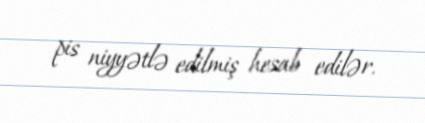
pis niyyətlə edilmiş hesab edilər.